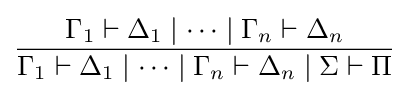
{\frac {\Gamma _{1}\vdash \Delta _{1}\mid \dots \mid \Gamma _{n}\vdash \Delta _{n}}{\Gamma _{1}\vdash \Delta _{1}\mid \dots \mid \Gamma _{n}\vdash \Delta _{n}\mid \Sigma \vdash \Pi }}